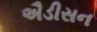
ઐડીસન